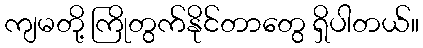
ကျမတို့ ကြိုတွက်နိုင်တာတွေ ရှိပါတယ်။